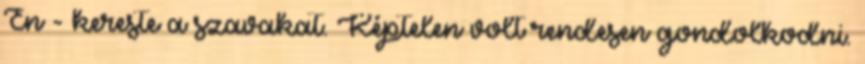
Én - kereste a szavakat. Képtelen volt rendesen gondolkodni.